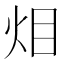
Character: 𱪴